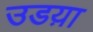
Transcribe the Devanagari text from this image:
उडय़ा